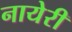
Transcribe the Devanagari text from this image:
नायेरी